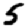
Digit: 5